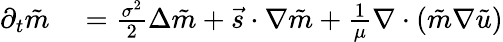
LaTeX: \begin{array}{rl}{\partial_{t}\tilde{m}}&{{}=\frac{\sigma^{2}}{2}\Delta\tilde{m}+\vec{s}\cdot\nabla\tilde{m}+\frac{1}{\mu}\nabla\cdot(\tilde{m}\nabla\tilde{u})}\end{array}